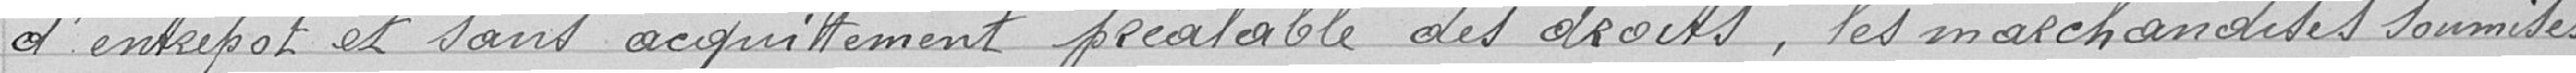
d'entrepôt et sans acquittement préalable des droits, les marchandises soumises